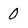
Character: 0